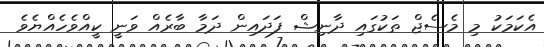
އެކަމަކު މި މެސެޖް ތަކުގައި ދާނިޝް ފަދައިން ދަމާ ބާރެއް ވަނީ ކީއްވެހެއްޔެވެ